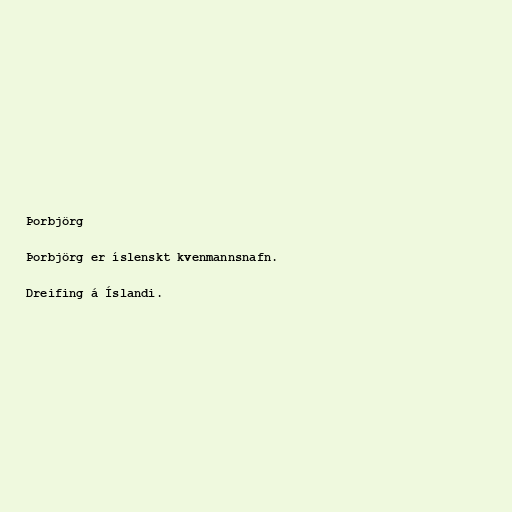
Þorbjörg

Þorbjörg er íslenskt kvenmannsnafn.

Dreifing á Íslandi.